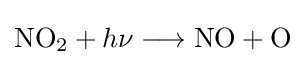
{\mathrm {NO} {\vphantom {A}}_{\smash[{t}]{2}}}+h\nu \longrightarrow {\mathrm {NO} {}+{}\mathrm {O} }